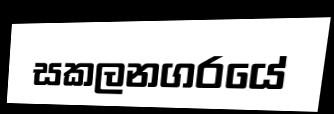
සකලනගරයේ